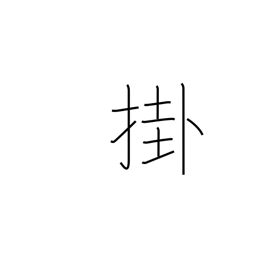
Meaning: arrive at